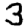
Digit: 3